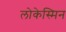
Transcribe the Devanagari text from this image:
लोकेस्मिन